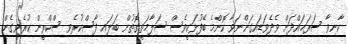
ކާނިވާ ސަރަޙައްދަށް ވެދެވަޑައިގަންނަވާ ކޮންމެ ބޭފުޅަކީވެސް ސަލާމަތީގޮތުން ބަލައި ފާސްކުރެވި ސްކްރީން ކުރެވިގެން